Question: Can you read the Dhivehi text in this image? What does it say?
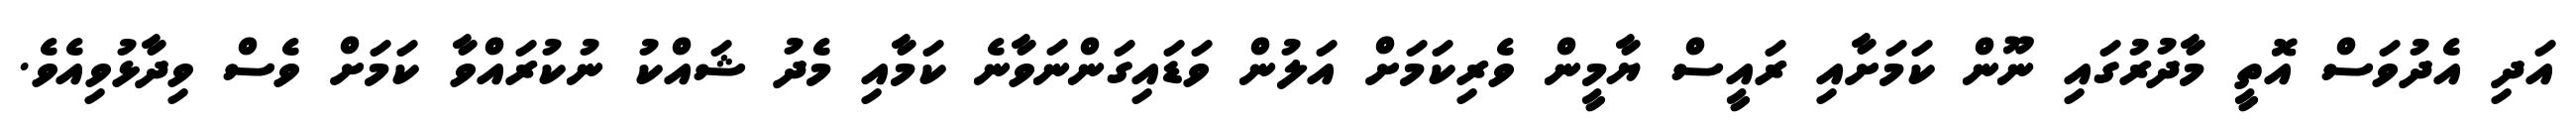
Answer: އަދި އެދުވަސް އޮތީ މާދުރުގައި ނޫން ކަމަށާއި ރައީސް ޔާމީން ވެރިކަމަށް އަލުން ވަޑައިގަންނަވާނެ ކަމާއި މެދު ޝައްކު ނުކުރައްވާ ކަމަށް ވެސް ވިދާޅުވިއެވެ.